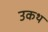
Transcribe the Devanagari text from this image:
उकथ